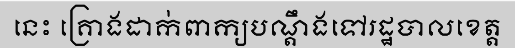
នេះ គ្រោងដាក់ពាក្យបណ្តឹងទៅរដ្ឋបាលខេត្ត